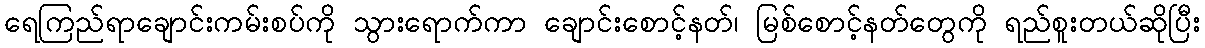
ရေကြည်ရာချောင်းကမ်းစပ်ကို သွားရောက်ကာ ချောင်းစောင့်နတ်၊ မြစ်စောင့်နတ်တွေကို ရည်စူးတယ်ဆိုပြီး